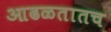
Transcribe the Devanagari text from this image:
आढळतातच